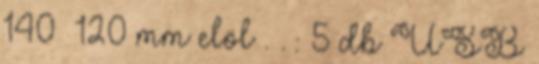
140 120 mm elöl . . : 5 db USB